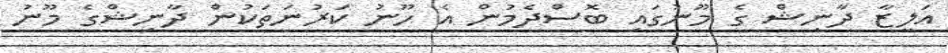
އަލީޒާ ދާނިޝް ގެ މޫނުގައި ބޮސްދެމުން އެ ހޫނު ކަރުނަތަކުން ދާނިޝްގެ މޫނު